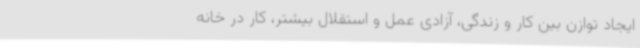
ایجاد توازن بین کار و زندگی، آزادی عمل و استقلال بیشتر، کار در خانه